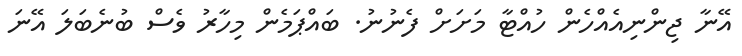
އޭނާ ޖިންނިއެއްހެން ހުއްޓާ މަށަށް ފެނުނު. ބައްޕަމެން މިހާރު ވެސް ބުނެބަލަ އޭނަ